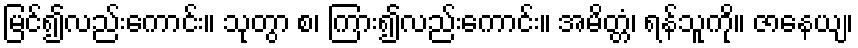
မြင်၍လည်းကောင်း။ သုတွာ စ၊ ကြား၍လည်းကောင်း။ အမိတ္တံ၊ ရန်သူကို။ ဇာနေယျ၊